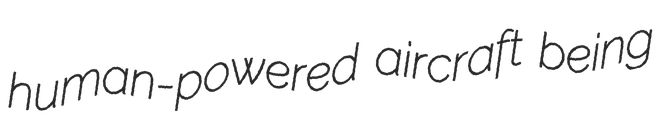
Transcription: human-powered aircraft being